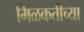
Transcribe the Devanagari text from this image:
मिळकतीच्या